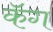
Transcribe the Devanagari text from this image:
कॅग